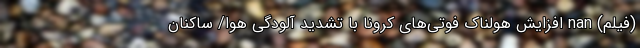
(فیلم) nan افزایش هولناک فوتی‌های کرونا با تشدید آلودگی هوا/ ساکنان